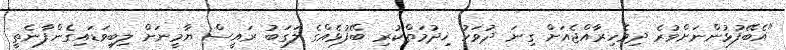
"އެބޭފުޅުންނަށްވުރެ ދިވެހިރާއްޖެއަށް ގިނަ ދުވަހު ޚިދުމަތްކުރި ބޭފުޅެއްގެ ލަގަބު ރައީސް ޔާމީނަށް ލިބިވަޑައިގެންފާނެތީ